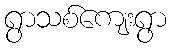
ရွာသစ်ကျေးရွာ